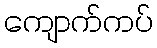
ကျောက်ကပ်